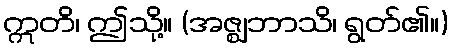
ဣတိ၊ ဤသို့။ (အဇ္ဈဘာသိ၊ ရွတ်၏။)